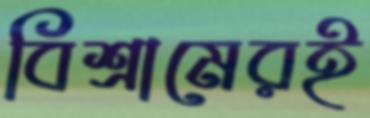
বিশ্রামেরই